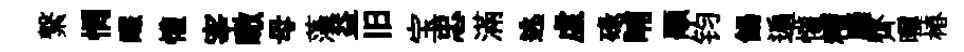
繋惘釅懽宰瞰母藻益旧宝忠滿逃虚碌晡顒钧餳遍懽糟廱齊曬椿